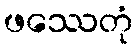
ဖဿေတုံ